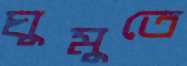
ঘুমুতে